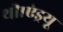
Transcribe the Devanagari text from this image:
थी।एंड्रयू